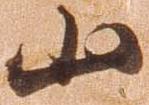
山